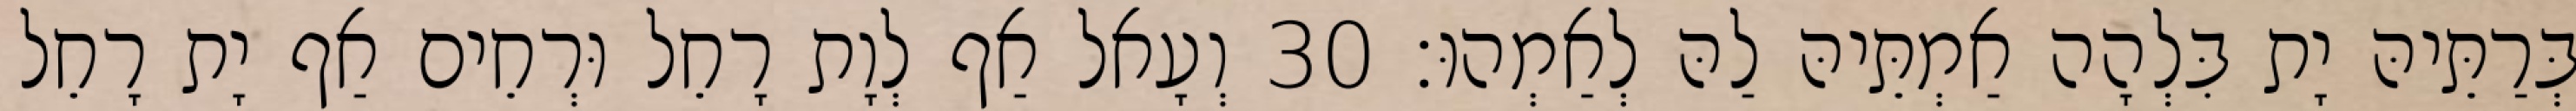
בְּרַתֵּיהּ יָת בִּלְהָה אַמְתֵּיהּ לַהּ לְאַמְהוּ׃ 30 וְעָאל אַף לְוָת רָחֵל וּרְחֵים אַף יָת רָחֵל